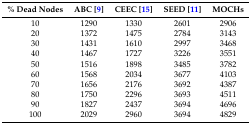
<table><thead><tr><td><b>% Dead Nodes</b></td><td><b>ABC [9]</b></td><td><b>CEEC [15]</b></td><td><b>SEED [11]</b></td><td><b>MOCHs</b></td></tr></thead><tbody><tr><td>10</td><td>1290</td><td>1330</td><td>2601</td><td>2906</td></tr><tr><td>20</td><td>1372</td><td>1475</td><td>2784</td><td>3143</td></tr><tr><td>30</td><td>1431</td><td>1610</td><td>2997</td><td>3468</td></tr><tr><td>40</td><td>1467</td><td>1727</td><td>3226</td><td>3551</td></tr><tr><td>50</td><td>1516</td><td>1898</td><td>3485</td><td>3782</td></tr><tr><td>60</td><td>1568</td><td>2034</td><td>3677</td><td>4103</td></tr><tr><td>70</td><td>1656</td><td>2176</td><td>3692</td><td>4387</td></tr><tr><td>80</td><td>1750</td><td>2296</td><td>3693</td><td>4511</td></tr><tr><td>90</td><td>1827</td><td>2437</td><td>3694</td><td>4696</td></tr><tr><td>100</td><td>2029</td><td>2960</td><td>3694</td><td>4829</td></tr></tbody></table>